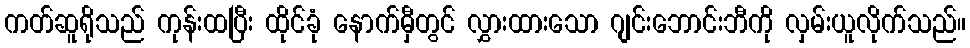
ကတ်ဆူရိုသည် ကုန်းထပြီး ထိုင်ခုံ နောက်မှီတွင် လွှားထားသော ဂျင်းဘောင်းဘီကို လှမ်းယူလိုက်သည်။